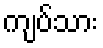
ကျပ်သား